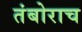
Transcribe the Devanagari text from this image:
तंबोराच